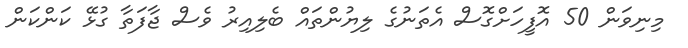
މިނިވަން 50 އޮފީހަށްގޮސް އެތަނުގެ ލިޔުންތައް ބެލިއިރު ވެސް ޖާފަތާ ގުޅޭ ކަންކަން